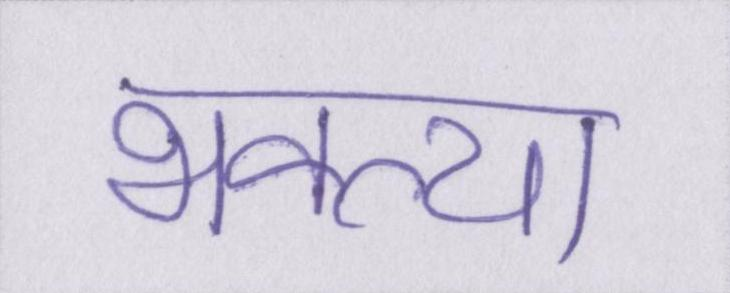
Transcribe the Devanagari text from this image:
भक्त्या